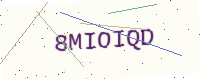
Text: 8MIOIQD